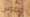
ملموس